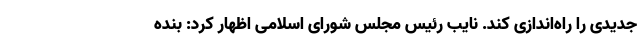
جدیدی را راه‌اندازی کند. نایب رئیس مجلس شورای اسلامی اظهار کرد: بنده